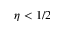
\eta < 1 / 2